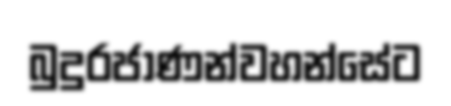
බුදුරජාණන්වහන්සේට